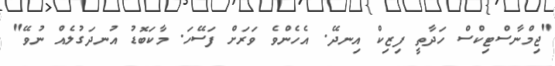
"ޖިމްނާސްޓިކްސް ހަދާތީ ފިޒިކް އިނދޭ. އެހެންވެ ވަރަށް ފަސޭހަ. މާކަބޮޑު އުނދަގުލެއް ނުވޭ"